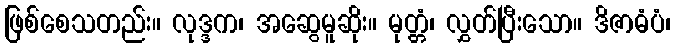
ဖြစ်စေသတည်း။ လုဒ္ဒက၊ အဆွေမူဆိုး။ မုတ္တံ၊ လွှတ်ပြီးသော။ ဒိဇာဓံပံ၊